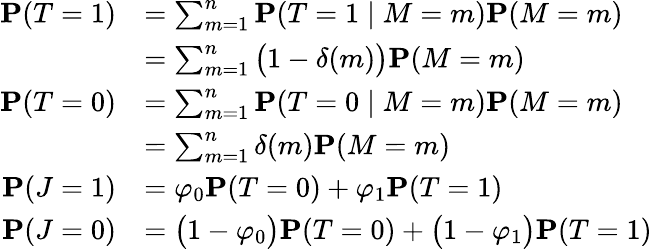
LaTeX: \begin{array}{rl}{\mathbf{P}(T=1)}&{=\sum_{m=1}^{n}\mathbf{P}(T=1\mid M=m)\mathbf{P}(M=m)}\\ &{=\sum_{m=1}^{n}\big(1-\delta(m)\big)\mathbf{P}(M=m)}\\ {\mathbf{P}(T=0)}&{=\sum_{m=1}^{n}\mathbf{P}(T=0\mid M=m)\mathbf{P}(M=m)}\\ &{=\sum_{m=1}^{n}\delta(m)\mathbf{P}(M=m)}\\ {\mathbf{P}(J=1)}&{=\varphi_{0}\mathbf{P}(T=0)+\varphi_{1}\mathbf{P}(T=1)}\\ {\mathbf{P}(J=0)}&{=\big(1-\varphi_{0}\big)\mathbf{P}(T=0)+\big(1-\varphi_{1}\big)\mathbf{P}(T=1)}\end{array}